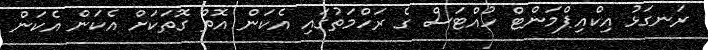
ރަނގަޅު އިކްއިޕްމަންޓް ހުއްޓަސް ގެ ރަހްމަތުގައި އެކަން އޮތް ގޮތަކަށް އެކަން އެކަން